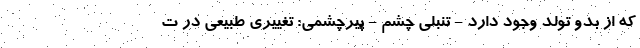
که از بدو تولد وجود دارد - تنبلی چشم - پیرچشمی: تغییری طبیعی در ت